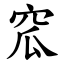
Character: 窊